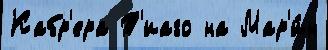
Кабр'ера Т'иаго на Мар'и́н